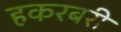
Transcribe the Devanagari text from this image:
हकरबरी